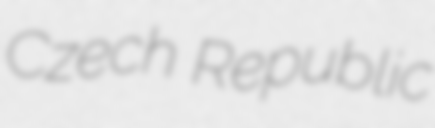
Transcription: Czech Republic